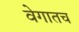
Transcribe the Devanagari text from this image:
वेगातच